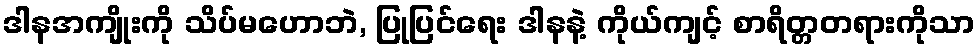
ဒါနအကျိုးကို သိပ်မဟောဘဲ, ပြုပြင်ရေး ဒါနနဲ့ ကိုယ်ကျင့် စာရိတ္တတရားကိုသာ